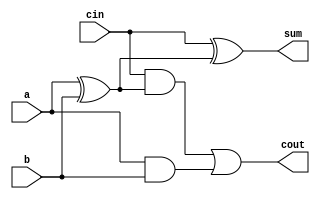
module d_fulladder(input a,b,cin, output sum, cout);
    wire x1,x2,o1;
    assign x1 = a ^ b, x2 = a & b;
    assign sum = cin ^ x1, o1 = cin & x1;
    assign cout = o1 | x2;
endmodule